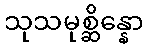
သုသမုစ္ဆိန္နော